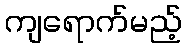
ကျရောက်မည့်